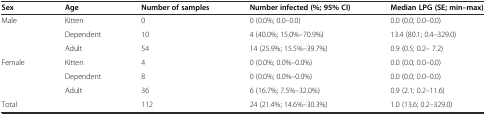
| Sex | Age | Number of samples | Number infected (%; 95% CI) | Median LPG (SE; min–max) |
 | --- | --- | --- | --- | --- |
 | Male | Kitten | 0 | 0 (0.0%; 0.0–0.0) | 0.0 (0.0; 0.0–0.0) |
 |  | Dependent | 10 | 4 (40.0%; 15.0%–70.9%) | 13.4 (80.1; 0.4–329.0) |
 |  | Adult | 54 | 14 (25.9%; 15.5%–39.7%) | 0.9 (0.5; 0.2– 7.2) |
 | Female | Kitten | 4 | 0 (0.0%; 0.0%–0.0%) | 0.0 (0.0; 0.0–0.0) |
 |  | Dependent | 8 | 0 (0.0%; 0.0%–0.0%) | 0.0 (0.0; 0.0–0.0) |
 |  | Adult | 36 | 6 (16.7%; 7.5%–32.0%) | 0.9 (2.1; 0.2–11.6) |
 | Total |  | 112 | 24 (21.4%; 14.6%–30.3%) | 1.0 (13.6; 0.2–329.0) |